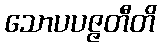
သောပပဇ္ဇတီတိ